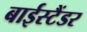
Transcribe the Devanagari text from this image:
बाईस्टैंडर